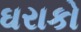
ઘરાકો